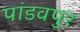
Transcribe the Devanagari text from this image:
पांडवपुर